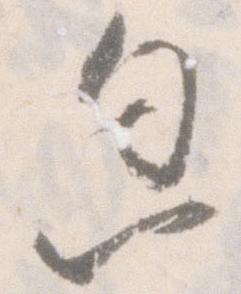
忽